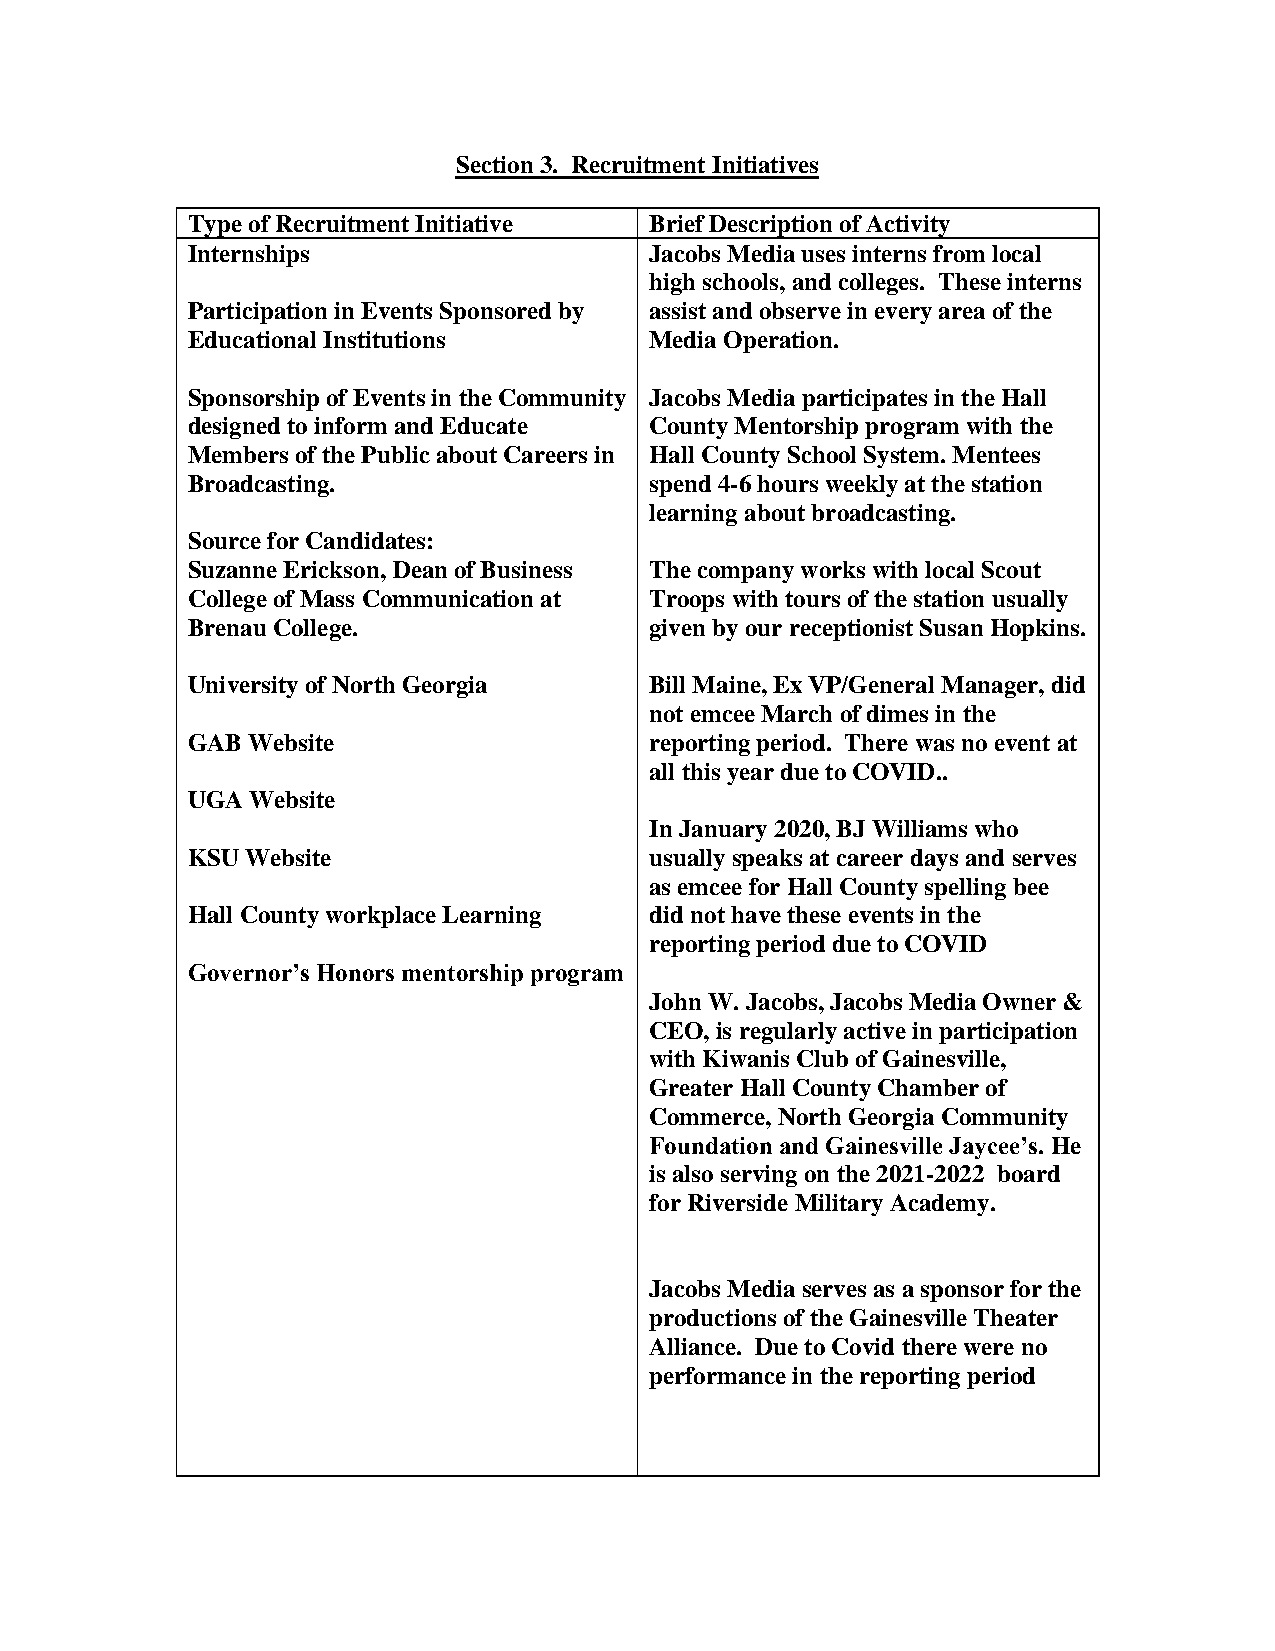
Section 3. Recruitment Initiatives
 Type of Recruitment Initiative Brief Description of Activity
 Internships                    Jacobs Media uses interns from local
 high schools, and colleges. These interns
 Participation in Events Sponsored by assist and observe in every area of the
 Educational Institutions       Media Operation.
 Sponsorship of Events in the Community Jacobs Media participates in the Hall
 designed to inform and Educate County Mentorship program with the
 Members of the Public about Careers in Hall County School System. Mentees
 Broadcasting.                  spend 4-6 hours weekly at the station
 learning about broadcasting.
 Source for Candidates:
 Suzanne Erickson, Dean of Business The company works with local Scout
 College of Mass Communication at Troops with tours of the station usually
 Brenau College.                given by our receptionist Susan Hopkins.
 University of North Georgia    Bill Maine, Ex VP/General Manager, did
 not emcee March of dimes in the
 GAB Website                    reporting period. There was no event at
 all this year due to COVID..
 UGA  Website
 In January 2020, BJ Williams who
 KSU Website                    usually speaks at career days and serves
 as emcee for Hall County spelling bee
 Hall County workplace Learning did not have these events in the
 reporting period due to COVID
 Governor’s Honors mentorship program
 John W. Jacobs, Jacobs Media Owner &
 CEO, is regularly active in participation
 with Kiwanis Club of Gainesville,
 Greater Hall County Chamber of
 Commerce, North Georgia Community
 Foundation and Gainesville Jaycee’s. He
 is also serving on the 2021-2022 board
 for Riverside Military Academy.
 Jacobs Media serves as a sponsor for the
 productions of the Gainesville Theater
 Alliance. Due to Covid there were no
 performance in the reporting period